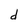
Character: d